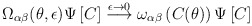
\begin{align*}\Omega_{\alpha\beta}(\theta,\epsilon) \Psi \left[C \right]\stackrel{\epsilon \rightarrow 0}{\longrightarrow}\omega_{\alpha\beta}\left(C(\theta)\right)\Psi \left[C \right] \end{align*}